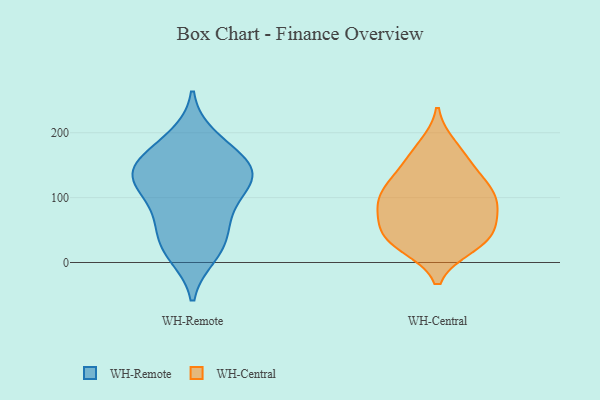
{"axis": {"x": "Bounce Rate (%)", "y": "Value"}, "legend": ["WH-Central", "WH-Remote"], "data": [{"x": "", "y": 115, "type": "WH-Remote"}, {"x": "", "y": 32, "type": "WH-Remote"}, {"x": "", "y": 71, "type": "WH-Remote"}, {"x": "", "y": 141, "type": "WH-Remote"}, {"x": "", "y": 193, "type": "WH-Remote"}, {"x": "", "y": 140, "type": "WH-Remote"}, {"x": "", "y": 92, "type": "WH-Remote"}, {"x": "", "y": 134, "type": "WH-Remote"}, {"x": "", "y": 20, "type": "WH-Remote"}, {"x": "", "y": 12, "type": "WH-Remote"}, {"x": "", "y": 179, "type": "WH-Remote"}, {"x": "", "y": 153, "type": "WH-Remote"}, {"x": "", "y": 145, "type": "WH-Remote"}, {"x": "", "y": 124, "type": "WH-Remote"}, {"x": "", "y": 57, "type": "WH-Remote"}, {"x": "", "y": 102, "type": "WH-Central"}, {"x": "", "y": 143, "type": "WH-Central"}, {"x": "", "y": 126, "type": "WH-Central"}, {"x": "", "y": 62, "type": "WH-Central"}, {"x": "", "y": 92, "type": "WH-Central"}, {"x": "", "y": 38, "type": "WH-Central"}, {"x": "", "y": 121, "type": "WH-Central"}, {"x": "", "y": 45, "type": "WH-Central"}, {"x": "", "y": 74, "type": "WH-Central"}, {"x": "", "y": 97, "type": "WH-Central"}, {"x": "", "y": 166, "type": "WH-Central"}, {"x": "", "y": 93, "type": "WH-Central"}, {"x": "", "y": 40, "type": "WH-Central"}, {"x": "", "y": 26, "type": "WH-Central"}, {"x": "", "y": 27, "type": "WH-Central"}, {"x": "", "y": 179, "type": "WH-Central"}]}